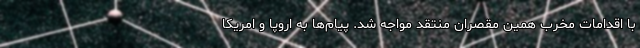
با اقدامات مخرب همین مقصران منتقد مواجه شد. پیام‌ها به اروپا و امریکا